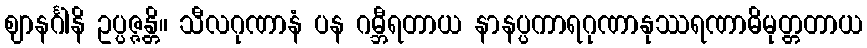
ဈာနင်္ဂါနိ ဥပ္ပဇ္ဇန္တိ။ သီလဂုဏာနံ ပန ဂမ္ဘီရတာယ နာနပ္ပကာရဂုဏာနုဿရဏာဓိမုတ္တတာယ